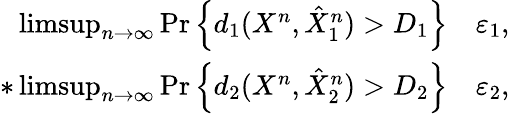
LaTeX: \begin{array}{rl}{\operatorname*{limsup}_{n\to\infty}\operatorname*{Pr}\left\{ d_{1}(X^{n},\hat{X}_{1}^{n})>D_{1}\right\} }&{\le\varepsilon_{1},}\\ {*\operatorname*{limsup}_{n\to\infty}\operatorname*{Pr}\left\{ d_{2}(X^{n},\hat{X}_{2}^{n})>D_{2}\right\} }&{\le\varepsilon_{2},}\end{array}